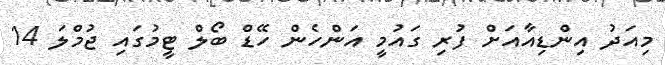
މިއަދު އިންޑިއާއަށް ފުރި ގައުމީ އަންހެން ހޭޑް ބޯލް ޓީމުގައި ޖުމްލަ 14